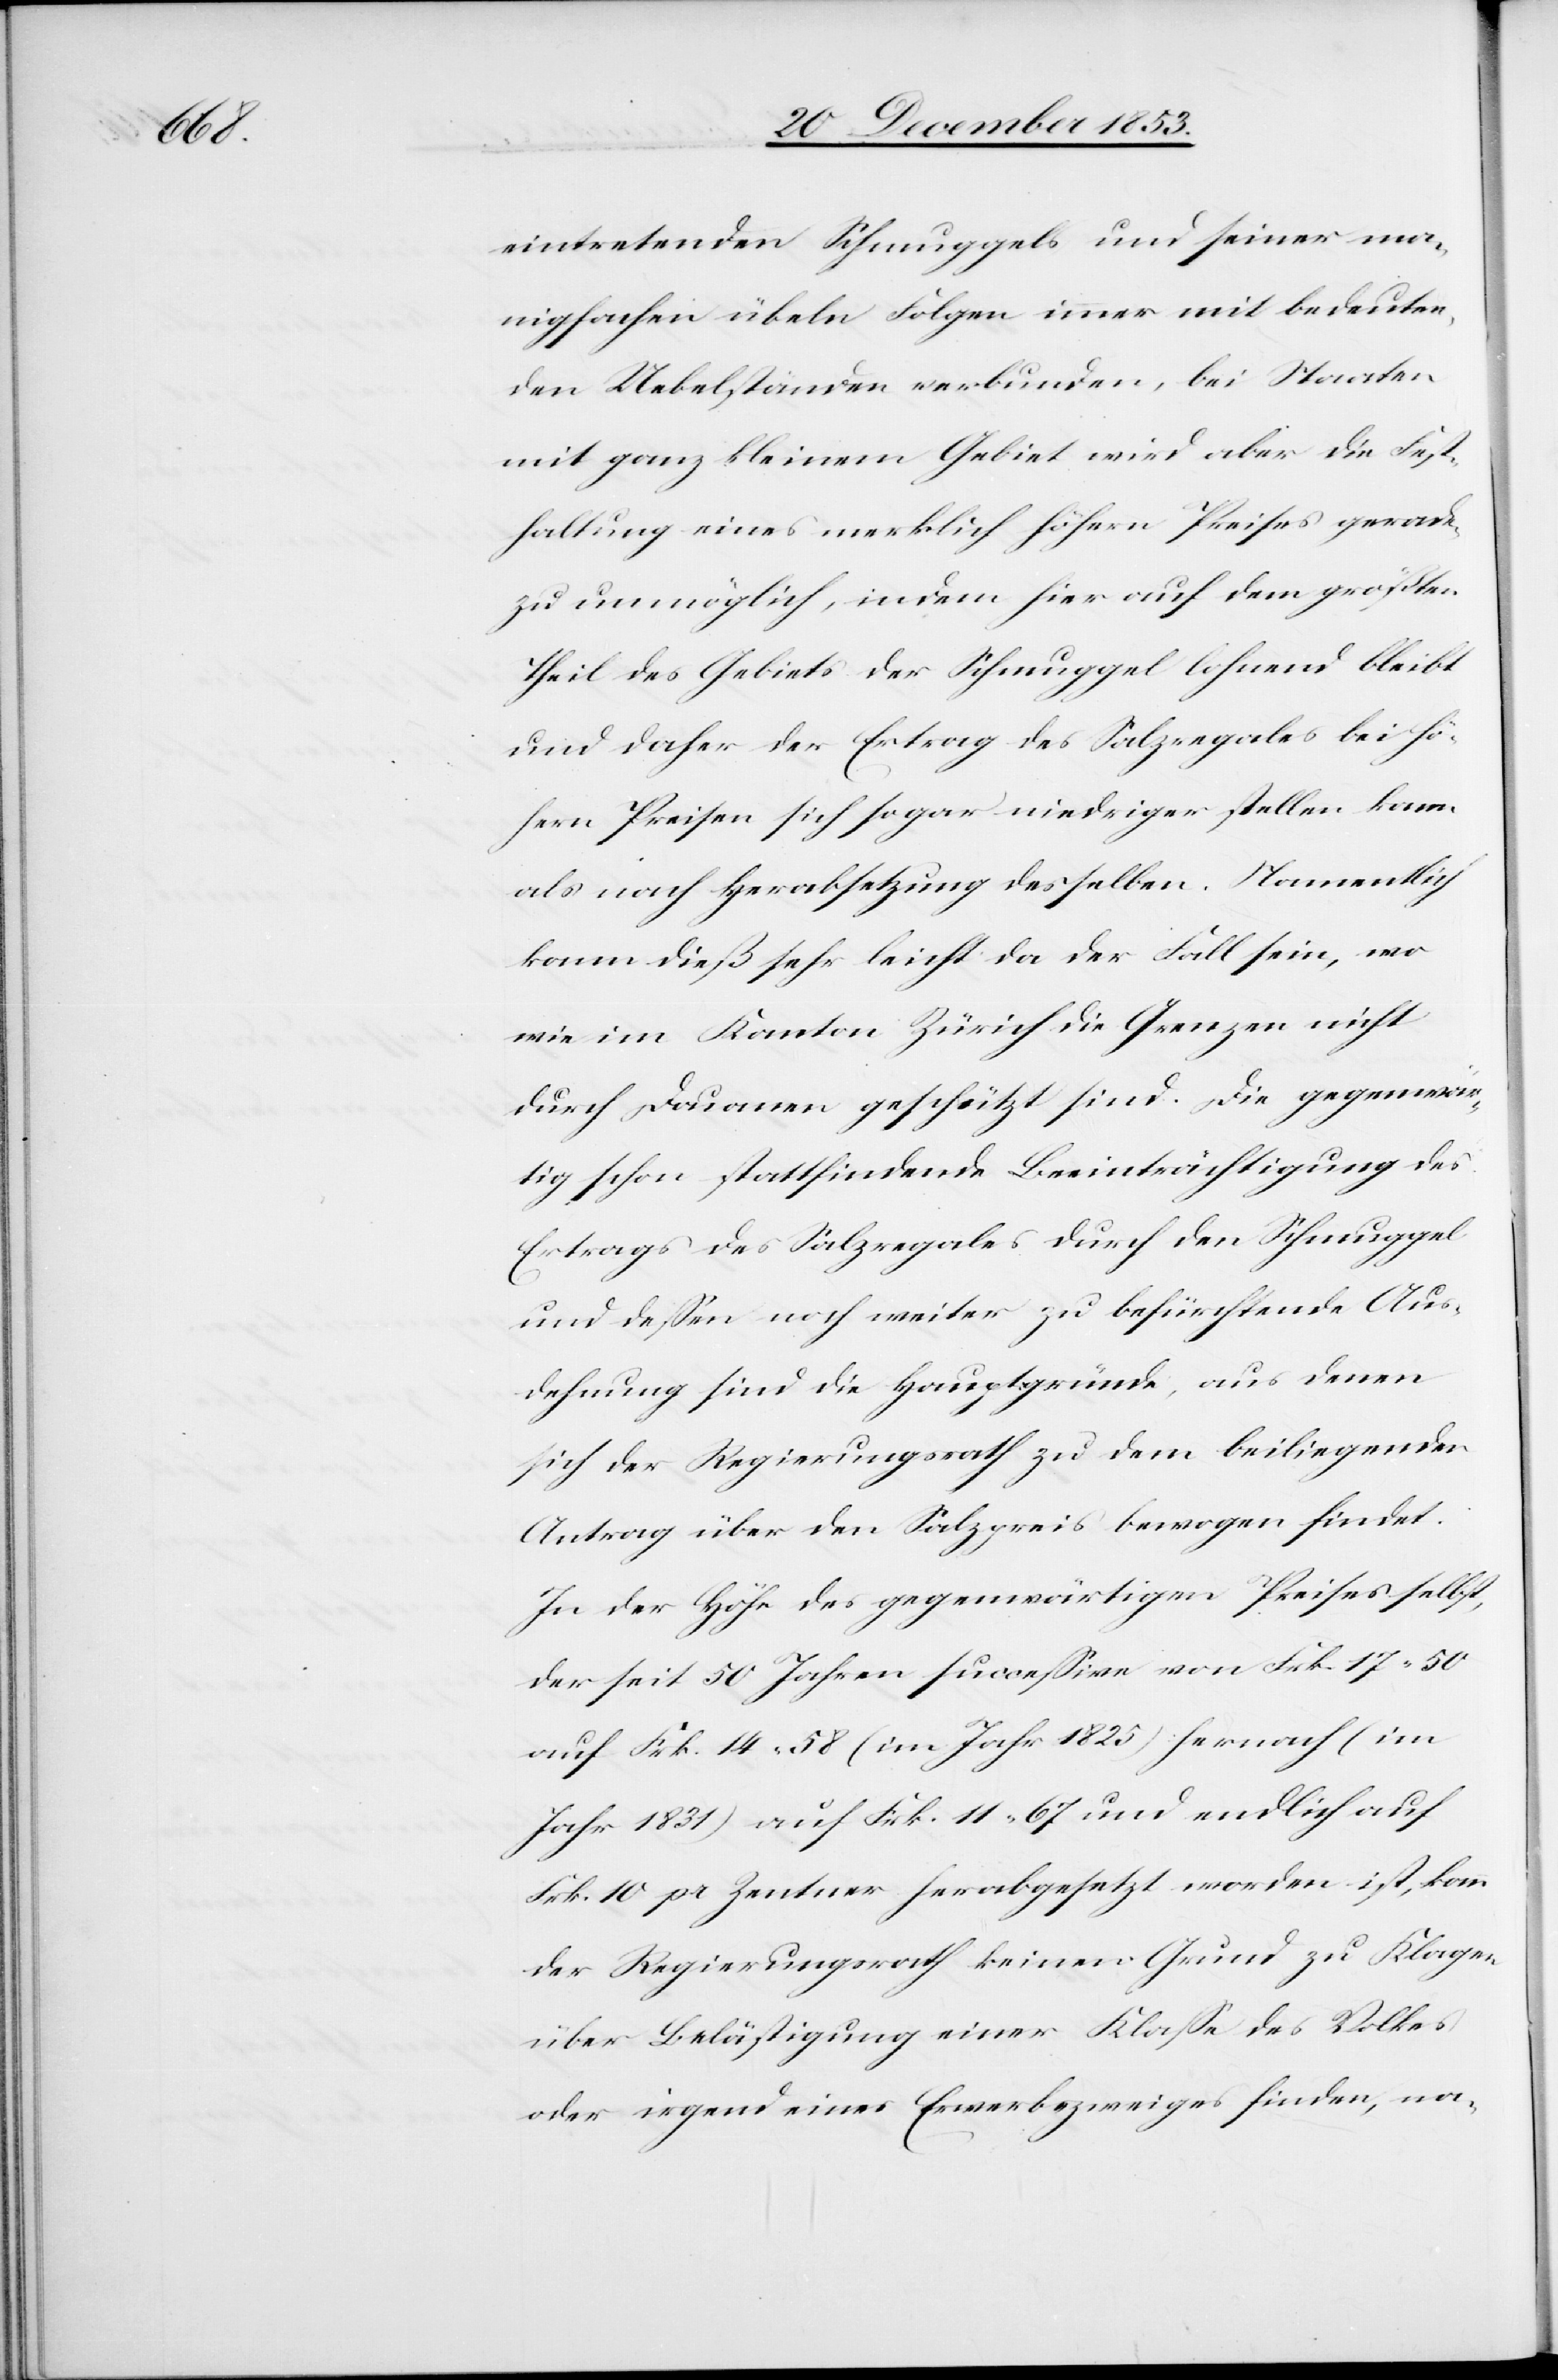
eintretenden Schmuggels und seiner man¬
nigfachen übeln Folgen immer mit bedeuten¬
den Uebelständen verbunden, bei Staaten
mit ganz kleinem Gebiet wird aber die Fest¬
haltung eines merklich höhern Preises gerade¬
zu unmöglich, indem hier auf dem größten
Theil des Gebiets der Schmuggel lohnend bleibt
und daher der Ertrag des Salzregales bei hö¬
hern Preisen sich sogar niedriger stellen kann
als nach Herabsetzung desselben. Namentlich
kann dieß sehr leicht da der Fall sein, wo
wie im Kanton Zürich die Grenzen nicht
durch Douanen geschützt sind. Die gegenwär¬
tig schon stattfindende Beeinträchtigung des
Ertrages des Salzregales durch den Schmuggel
und deßen noch weiter zu befürchtende Aus¬
dehnung sind die Hauptgründe, aus denen
sich der Regierungsrath zu dem beiliegenden
Antrag über den Salzpreis bewogen findet.
In der Höhe des gegenwärtigen Preises selbst,
der seit 50 Jahren succeßive von Frk. 17.50
auf Frk. 14.58 (im Jahr 1825) hernach (im
Jahr 1831) auf Frk. 11.67 und endlich auf
Frk. 10 pr. Zentner herabgesetzt worden ist, kann
der Regierungsrath keinen Grund zu Klagen
über Belästigung einer Klaße des Volkes
oder irgend eines Erwerbszweiges finden, na-